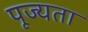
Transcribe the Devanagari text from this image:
पूज्यता